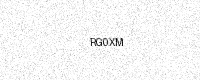
Text: RG0XM